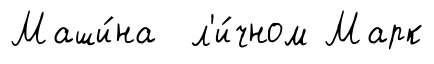
Маши́на л'и́чном Марк